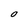
Character: O